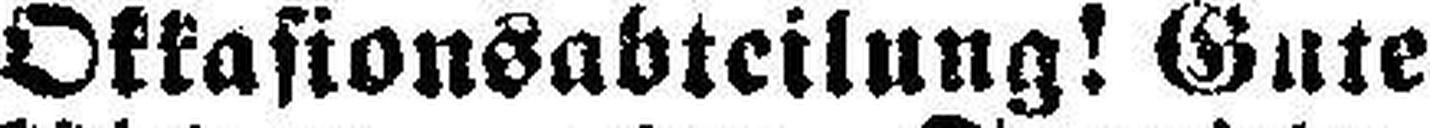
Okkasionsabteilung! Gute